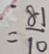
= \frac { 8 1 } { 1 0 }